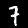
Digit: 7